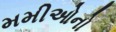
મમીઓનો